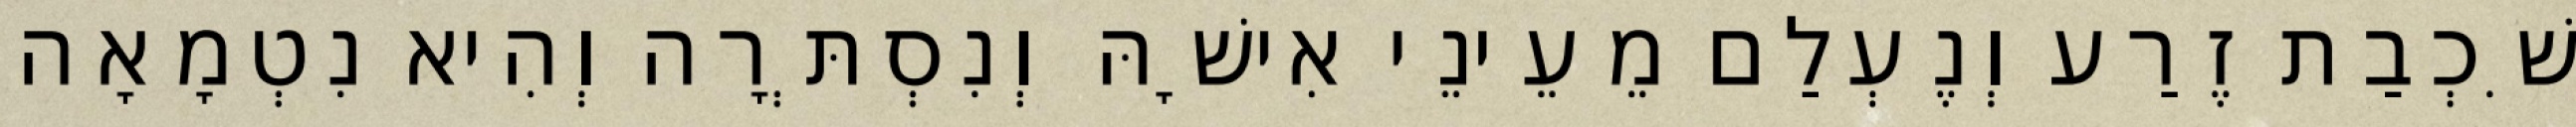
שִׁכְבַת זֶרַע וְנֶעְלַם מֵעֵינֵי אִישָׁהּ וְנִסְתְּרָה וְהִיא נִטְמָאָה